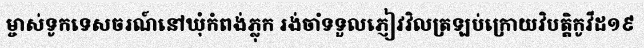
ម្ចាស់ទូកទេសចរណ៍នៅឃុំកំពង់ភ្លុក រង់ចាំទទួលភ្ញៀវវិលត្រឡប់ក្រោយវិបត្តិកូវីដ១៩